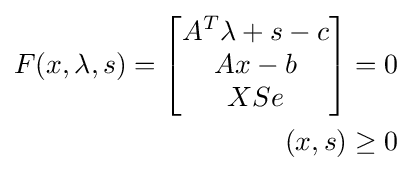
{\begin{aligned}F(x,\lambda ,s)={\begin{bmatrix}A^{T}\lambda +s-c\\Ax-b\\XSe\end{bmatrix}}&=0\\(x,s)&\geq 0\end{aligned}}